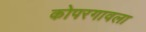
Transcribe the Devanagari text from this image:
कोपरगावला